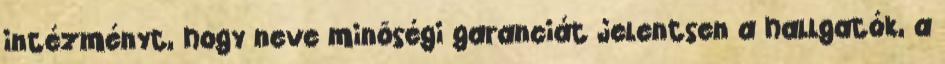
intézményt, hogy neve minõségi garanciát jelentsen a hallgatók, a